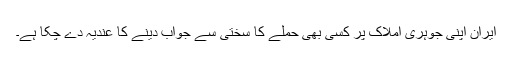
ایران اپنی جوہری املاک پر کسی بھی حملے کا سختی سے جواب دینے کا عندیہ دے چکا ہے۔